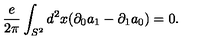
{ \frac { e } { 2 \pi } } \int _ { S ^ { 2 } } d ^ { 2 } x ( \partial _ { 0 } a _ { 1 } - \partial _ { 1 } a _ { 0 } ) = 0 .